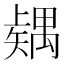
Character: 𥐂